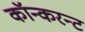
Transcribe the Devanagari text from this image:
कॉन्करन्ट